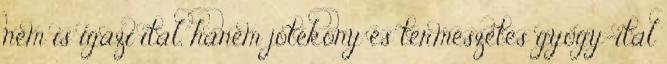
nem is igazi ital, hanem jótékony és természetes gyógy-ital